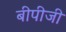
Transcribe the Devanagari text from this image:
बीपीजी